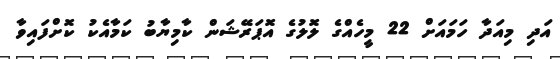
އަދި މިއަދާ ހަމައަށް 22 މީހެއްގެ ލޮލުގެ އޮޕަރޭޝަން ކާމިޔާބު ކަމާއެކު ކޮށްފައިވާ